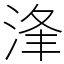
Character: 浲